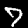
Digit: 7